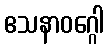
ဧသနာဝဂ္ဂေါ